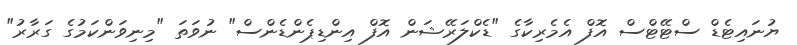
ޔުނައިޓެޑް ސްޓޭޓްސް އޮފް އެމެރިކާގެ "ޑެކްލަރޭޝަން އޮފް އިންޑިޕެންޑެންސް" ނުވަތަ "މިނިވަންކަމުގެ ގަރާރު"